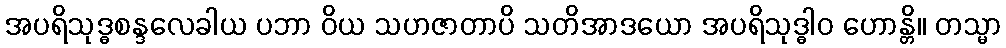
အပရိသုဒ္ဓစန္ဒလေခါယ ပဘာ ဝိယ သဟဇာတာပိ သတိအာဒယော အပရိသုဒ္ဓါဝ ဟောန္တိ။ တသ္မာ